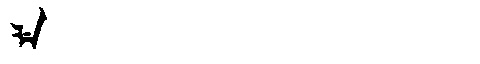
Manchu: ᠯᡝ
Romanization: LE